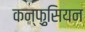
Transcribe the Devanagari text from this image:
कन्फ़ुसियन